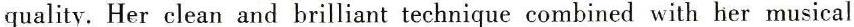
quality. Her clean and brilliant technique combined with her musical